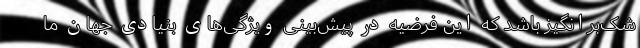
شک‌برانگیز باشد که این فرضیه در پیش‌بینی ویژگی‌های بنیادی جهان ما